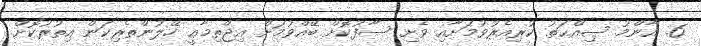
6. އާންމު ޞިއްޙަތު ކުރިއެރުވުމަށާއި ވެށި ސާފުކޮށް ބޭއްވުމަށް އިޖްތިމާޢީ ހޭލުންތެރިކަން އިތުރުކޮށް